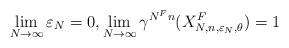
LaTeX: \begin{align*}\lim_{N \to \infty} \varepsilon_N=0, \lim_{N \to \infty} \gamma^{N^F n} (X_{N,n,\varepsilon_N, \theta}^F)=1\end{align*}